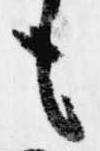
も